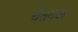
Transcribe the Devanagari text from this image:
चेतनक